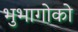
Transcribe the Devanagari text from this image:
भुभागोको